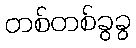
တစ်တစ်ခွခွ